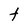
Character: t